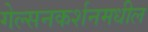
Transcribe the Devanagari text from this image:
गेल्सनकर्शनमधील